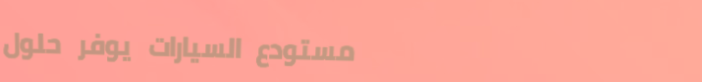
مستودع السيارات يوفر حلول